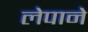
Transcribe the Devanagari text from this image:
लेपाने